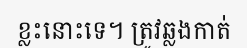
ខ្លះនោះទេ។ ត្រូវឆ្លងកាត់